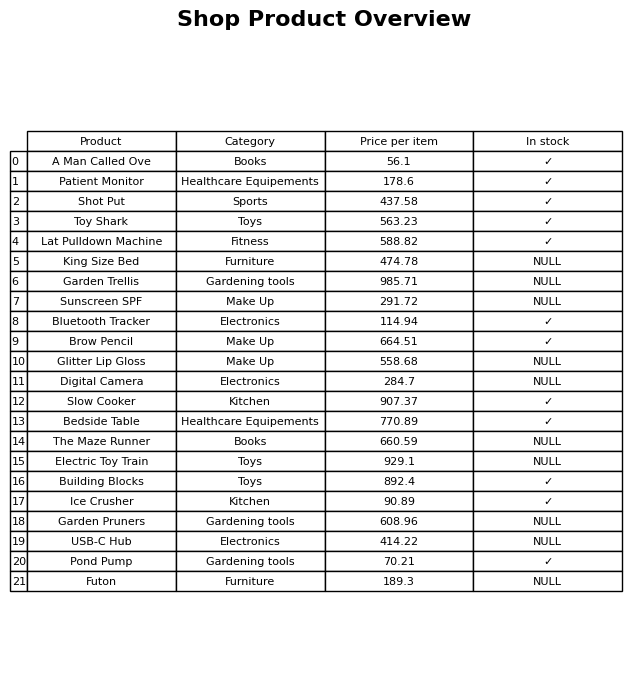
question: What is the price for Toy Shark?
answer: The price of Toy Shark is 563.23.